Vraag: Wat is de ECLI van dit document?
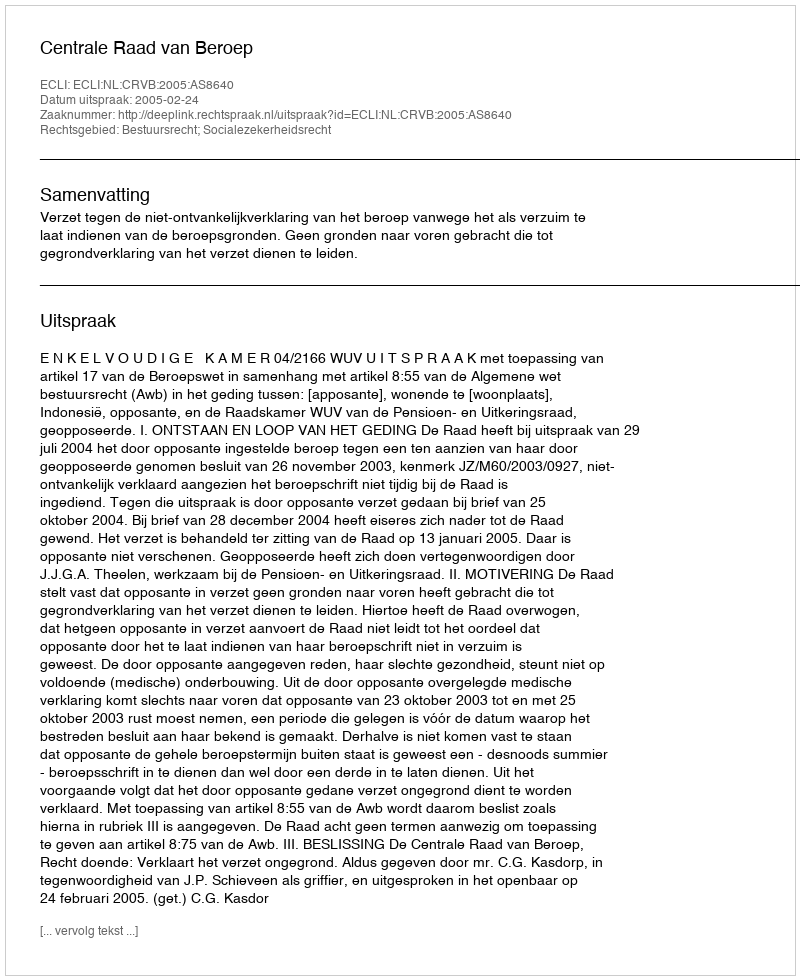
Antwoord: ECLI:NL:CRVB:2005:AS8640